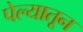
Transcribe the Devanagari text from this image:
पेल्यातून